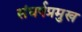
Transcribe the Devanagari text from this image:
संघर्षप्रमुख